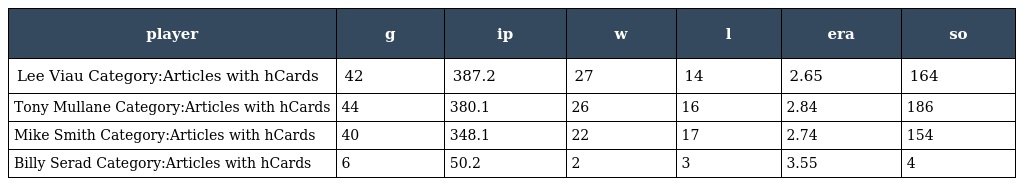
| player | g | ip | w | l | era | so |
 | --- | --- | --- | --- | --- | --- | --- |
 | Lee Viau Category:Articles with hCards | 42 | 387.2 | 27 | 14 | 2.65 | 164 |
 | Tony Mullane Category:Articles with hCards | 44 | 380.1 | 26 | 16 | 2.84 | 186 |
 | Mike Smith Category:Articles with hCards | 40 | 348.1 | 22 | 17 | 2.74 | 154 |
 | Billy Serad Category:Articles with hCards | 6 | 50.2 | 2 | 3 | 3.55 | 4 |